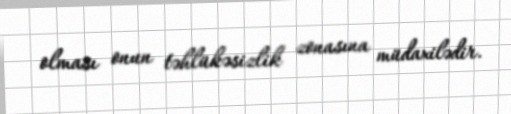
olması onun təhlükəsizlik zonasına müdaxilədir.